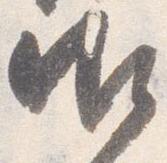
御